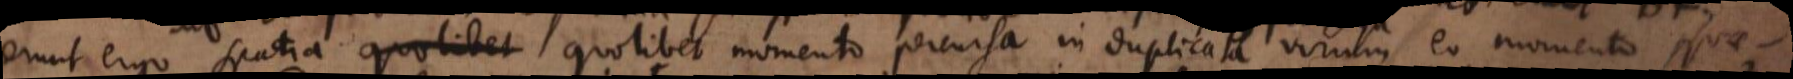
erunt ergo spatia quolibet quolibet momento percursa in duplicata virium eo momento _